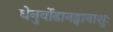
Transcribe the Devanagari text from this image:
धेनुर्वोढानड्वानाशुः